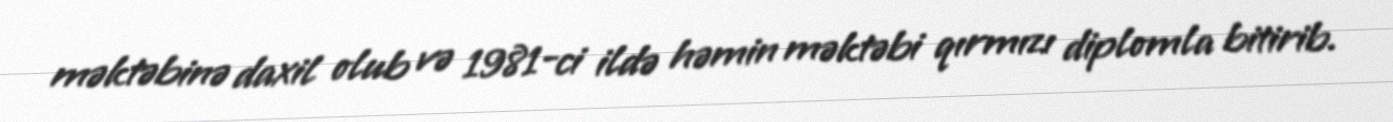
məktəbinə daxil olub və 1981-ci ildə həmin məktəbi qırmızı diplomla bitirib.